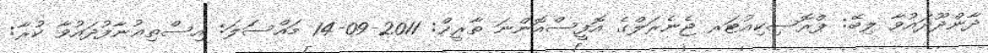
ދާންދޫދައުވާ ލިބޭ: ޕްރޮސިކިއުޓަރ ޖެނެރަލްގެ އޮފީސްއޮންނަ ތާރީޚް: 2011-09-14 މައްސަލަ: އިސްތިޢުނާފުދައުވާ ކުރާ: